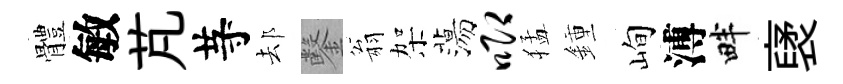
體敏芃䒭𨚫鑿翁架蕩唧猛鍾峋溥畔裦